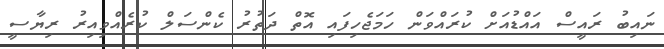
ނައިބު ރައީސް އައްޑުއަށް ކުރައްވަން ހަމަޖެހިފައި އޮތް ދަތުރު ކެންސަލް ކުރެއްވިއިރު ރިޔާސީ